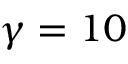
\gamma = 1 0